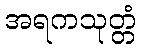
အရကသုတ္တံ